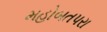
મહોબતપરા